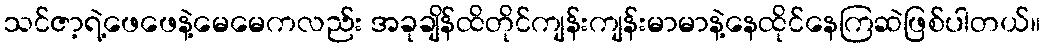
သင်ဇာ့ရဲ့ဖေဖေနဲ့မေမေကလည်း အခုချိန်ထိတိုင်ကျန်းကျန်းမာမာနဲ့နေထိုင်နေကြဆဲဖြစ်ပါတယ်။